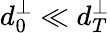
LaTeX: d_{0}^{\perp}\ll d_{T}^{\perp}